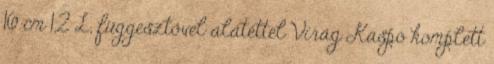
16 cm 1,2 L, függesztővel alátéttel Virág Kaspó komplett